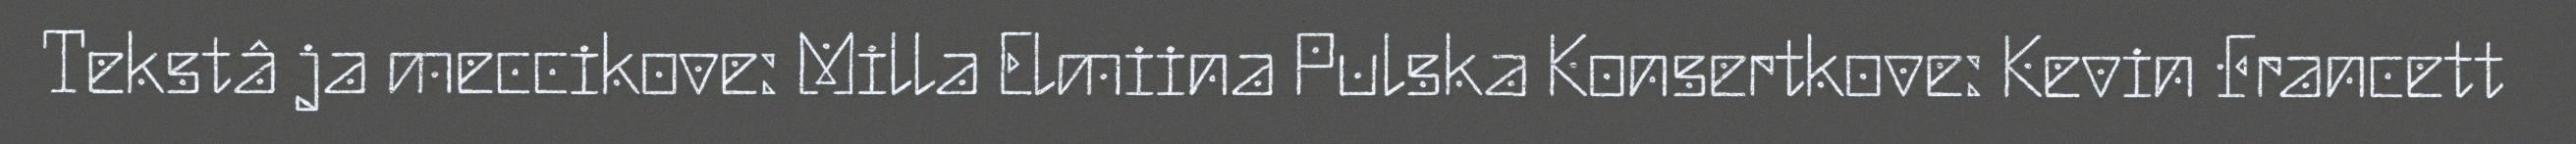
Tekstâ ja meccikove: Milla Elmiina Pulska Konsertkove: Kevin Francett